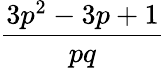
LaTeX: \frac{3p^{2}-3p+1}{pq}